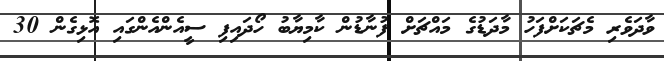
ވާދަވެރި މެޗަކަށްފަހު މާދަޑުގެ މައްޗަށް ފުނާޑުން ކާމިޔާބު ހޯދައިފި ސީއެންއެންގައި އޮޅިގެން 30